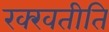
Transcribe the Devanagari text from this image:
रक्खतीति